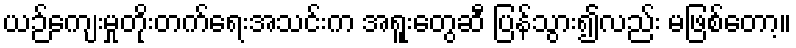
ယဉ်ကျေးမှုတိုးတက်ရေးအသင်းက အရူးတွေဆီ ပြန်သွား၍လည်း မဖြစ်တော့။